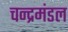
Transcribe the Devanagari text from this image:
चन्द्रमंडल